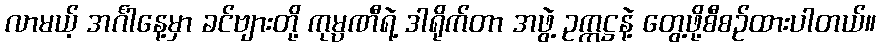
လာမယ့် အင်္ဂါနေ့မှာ ခင်ဗျားတို့ ကုမ္ပဏီရဲ့ ဒါရိုက်တာ အဖွဲ့ ဥက္ကဋ္ဌနဲ့ တွေ့ဖို့စီစဉ်ထားပါတယ်။